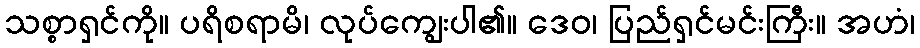
သစ္စာရှင်ကို။ ပရိစရာမိ၊ လုပ်ကျွေးပါ၏။ ဒေဝ၊ ပြည်ရှင်မင်းကြီး။ အဟံ၊